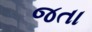
જતા